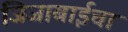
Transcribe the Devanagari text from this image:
जिजाबाईचा